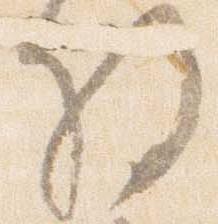
将